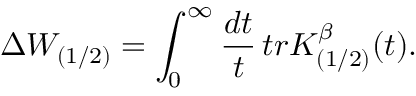
\Delta W _ { ( 1 / 2 ) } = \int _ { 0 } ^ { \infty } \frac { d t } { t } \, t r K _ { ( 1 / 2 ) } ^ { \beta } ( t ) .